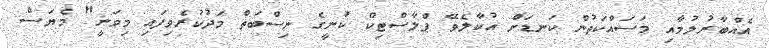
އެއްބާރުލުމާއި މަސައްކަތުން ކަނޑަށް އުކާލެވޭ ޕްލާސްޓިކް ކުނީގެ ނިސްބަތް މަދުކުރެވިފައި މިވަނީ" މެޔަސް